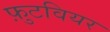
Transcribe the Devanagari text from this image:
फ़ुटवियर